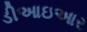
ડીઆઇઆર